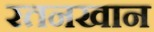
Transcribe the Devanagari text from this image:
रतनखान